Indian journal of veterinary science and animal husbandry - Volumes 24-25, 1954-1955
Year: 1954
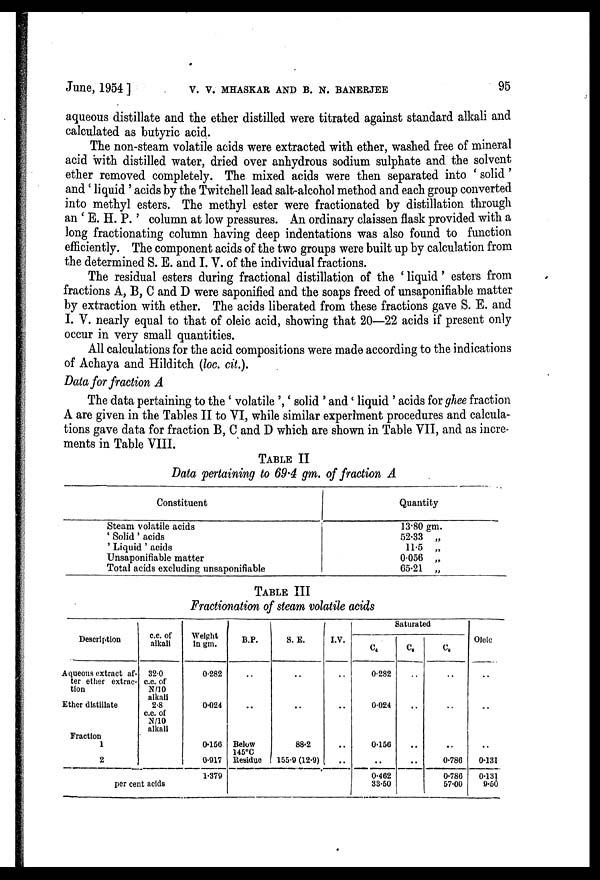
June, 1954] V. V. MHASKAR AND B. N. BANERJEE 95
aqueous distillate and the ether distilled were titrated against standard alkali and
calculated as butyric acid.
The non-steam volatile acids were extracted with ether, washed free of mineral
acid with distilled water, dried over anhydrous sodium sulphate and the solvent
ether removed completely. The mixed acids were then separated into 'solid'
and 'liquid' acids by the Twitchell lead salt-alcohol method and each group converted
into methyl esters. The methyl ester were fractionated by distillation through
an 'E. H. P.' column at low pressures. An ordinary claissen flask provided with a
long fractionating column having deep indentations was also found to function
efficiently. The component acids of the two groups were built up by calculation from
the determined S. E. and I. V. of the individual fractions.
The residual esters during fractional distillation of the 'liquid' esters from
fractions A, B, C and D were saponified and the soaps freed of unsaponifiable matter
by extraction with ether. The acids liberated from these fractions gave S. E. and
I. V. nearly equal to that of oleic acid, showing that 20—22 acids if present only
occur in very small quantities.
All calculations for the acid compositions were made according to the indications
of Achaya and Hilditch (loc. cit.).
Data for fraction A
The data pertaining to the 'volatile','solid' and 'liquid' acids for ghee fraction
A are given in the Tables II to VI, while similar experiment procedures and calcula-
tions gave data for fraction B, C and D which are shown in Table VII, and as incre-
ments in Table VIII.
TABLE II
Data pertaining to 69.4 gm. of fraction A
Constituent
Steam volatile acids
' Solid ' acids
' Liquid ' acids
Unsaponifiable matter
Total acids excluding unsaponifiable
Quantity
13.80 gm.
52.33 „
11.5 „
0.056 „
65.21 „
TABLE III
Fractionation of steam volatile acids
Description
Aqueous extract af-
ter ether extrac-
tion
Ether distillate
Fraction
1
2
c.c. of
alkali
32.0
c.c. of
N/10
alkali
2.8
c.c. of
N/10
alkali
per cent acids
Weight
In gm.
0.282
0.024
0.156
0.917
1.379
B.P.
..
..
Below
145°C
Residue
S. E.
..
..
88.2
155.9 (12.9)
I.V.
..
. .
. .
. .
Saturated
C 4
0.282
0.024
0.156
..
0.462
33.50
C 8
..
. .
. .
. .
C 8
..
..
..
0.786
0.786
57.00
Oleic
..
..
..
0.131
0.131
9.50